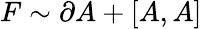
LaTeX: F\sim\partial A+[A,A]